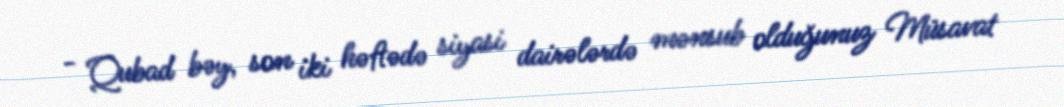
- Qubad bəy, son iki həftədə siyasi dairələrdə mənsub olduğunuz Müsavat